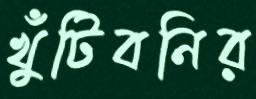
খুঁটিবনির